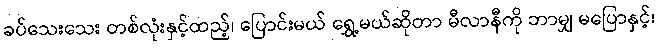
ခပ်သေးသေး တစ်လုံးနှင့်ထည့်၊ ပြောင်းမယ် ရွှေ့မယ်ဆိုတာ မီလာနီကို ဘာမျှ မပြောနှင့်၊